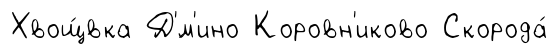
Хвощ́вка Д'́м'ино Коровн'иково Скорода́